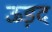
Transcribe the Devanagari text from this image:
ऊड़द